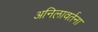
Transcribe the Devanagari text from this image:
अनिलावर्तना